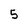
Character: 5